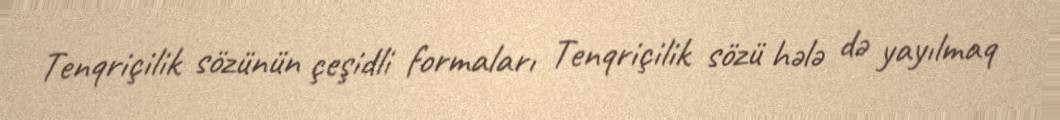
Tenqriçilik sözünün çeşidli formaları Tenqriçilik sözü hələ də yayılmaq